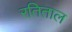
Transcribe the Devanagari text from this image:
रतिताल